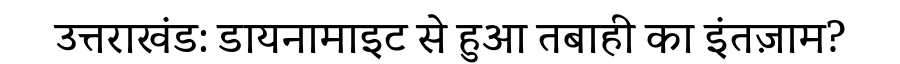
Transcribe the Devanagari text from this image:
उत्तराखंड: डायनामाइट से हुआ तबाही का इंतज़ाम?